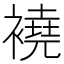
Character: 襓